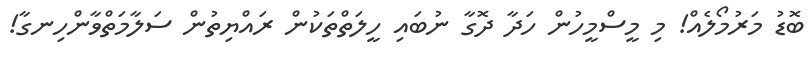
ބޮޑު މަރުމޯލެއް! މި މީސްމީހުން ހަދާ ދޮގާ ނުބައި ހީލަތްތަކުން ރައްޔިތުން ސަލާމަތްވާންހިނގާ!